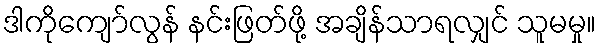
ဒါကိုကျော်လွန် နင်းဖြတ်ဖို့ အချိန်သာရလျှင် သူမမှု။